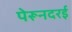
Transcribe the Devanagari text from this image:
पेरूनदरई